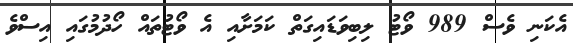
އެކަނި ވެސް 989 ވޯޓު ލިބިވަޑައިގަތް ކަމަށާއި އެ ވޯޓުތައް ހޯދުމުގައި އިސްވެ